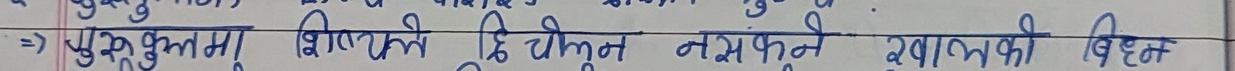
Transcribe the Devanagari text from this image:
⇒ पुरुष्षुत्तमम् शैलोज्ये धिचीने नसंकुल्क स्थापनको विघ्न